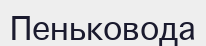
Пеньковода